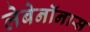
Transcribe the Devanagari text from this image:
लेबेनॉनास